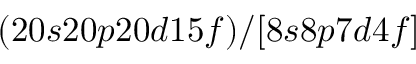
( 2 0 s 2 0 p 2 0 d 1 5 f ) / [ 8 s 8 p 7 d 4 f ]